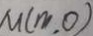
M ( m , 0 )